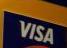
visa